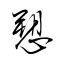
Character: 愬